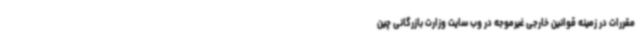
مقررات در زمینه قوانین خارجی غیرموجه در وب سایت وزارت بازرگانی چین